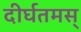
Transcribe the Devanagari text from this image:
दीर्घतमस्‌